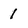
Character: 1